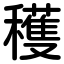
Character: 穫